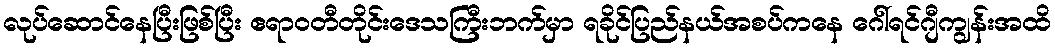
လုပ်ဆောင်နေပြီးဖြစ်ပြီး ဧရာဝတီတိုင်းဒေသကြီးဘက်မှာ ရခိုင်ပြည်နယ်အစပ်ကနေ ဂေါ်ရင်ဂျီကျွန်းအထိ